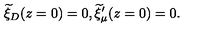
{ \widetilde \xi } _ { D } ( z = 0 ) = 0 , { \widetilde \xi } _ { \mu } ^ { \prime } ( z = 0 ) = 0 .